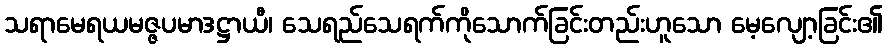
သရာမေရယမဇ္ဇပမာဒဋ္ဌာယီ၊ သေရည်သေရက်ကိုသောက်ခြင်းတည်းဟူသော မေ့လျော့ခြင်း၏